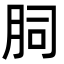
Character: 䏤